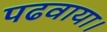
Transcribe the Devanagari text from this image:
पढवाया।